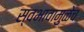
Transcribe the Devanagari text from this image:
स्वभावामुळेच